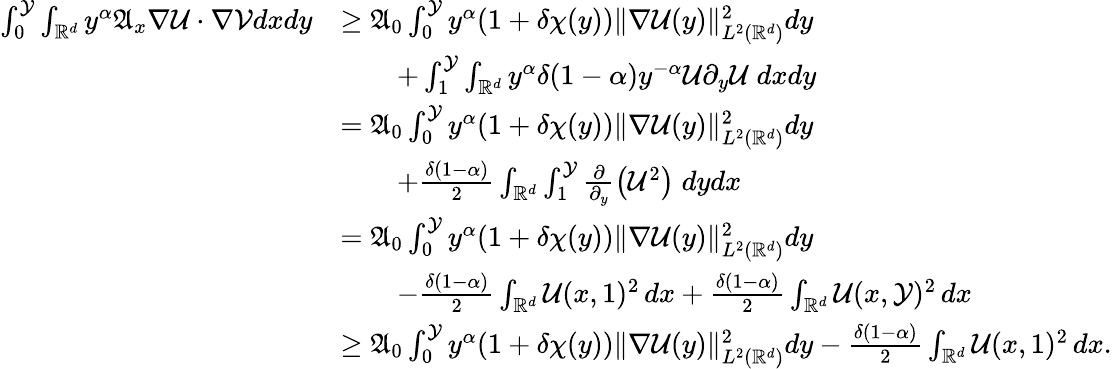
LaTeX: \begin{array}{rl}{\int_{0}^{\mathcal{Y}}\int_{\mathbb{R}^{d}}{y^{\alpha}\mathfrak{A}_{x}\nabla\mathcal{U}\cdot\nabla\mathcal{V}dxdy}}&{\geq\mathfrak{A}_{0}\int_{0}^{\mathcal{Y}}{y^{\alpha}(1+\delta\chi(y))\| \nabla\mathcal{U}(y)\| _{L^{2}(\mathbb{R}^{d})}^{2}dy}}\\ &{\qquad+\int_{1}^{\mathcal{Y}}\int_{\mathbb{R}^{d}}{y^{\alpha}\delta(1-\alpha)y^{-\alpha}\mathcal{U}\partial_{y}\mathcal{U}\; dxdy}}\\ &{=\mathfrak{A}_{0}\int_{0}^{\mathcal{Y}}{y^{\alpha}(1+\delta\chi(y))\| \nabla\mathcal{U}(y)\| _{L^{2}(\mathbb{R}^{d})}^{2}dy}}\\ &{\qquad+\frac{\delta(1-\alpha)}{2}\int_{\mathbb{R}^{d}}\int_{1}^{\mathcal{Y}}{\frac{\partial}{\partial_{y}}\big(\mathcal{U}^{2}\big)\; dydx}}\\ &{=\mathfrak{A}_{0}\int_{0}^{\mathcal{Y}}{y^{\alpha}(1+\delta\chi(y))\| \nabla\mathcal{U}(y)\| _{L^{2}(\mathbb{R}^{d})}^{2}dy}}\\ &{\qquad-\frac{\delta(1-\alpha)}{2}\int_{\mathbb{R}^{d}}{\mathcal{U}(x,1)^{2}\, dx}+\frac{\delta(1-\alpha)}{2}\int_{\mathbb{R}^{d}}{\mathcal{U}(x,\mathcal{Y})^{2}\, dx}}\\ &{\geq\mathfrak{A}_{0}\int_{0}^{\mathcal{Y}}{y^{\alpha}(1+\delta\chi(y))\| \nabla\mathcal{U}(y)\| _{L^{2}(\mathbb{R}^{d})}^{2}dy}-\frac{\delta(1-\alpha)}{2}\int_{\mathbb{R}^{d}}{\mathcal{U}(x,1)^{2}\, dx}.}\end{array}